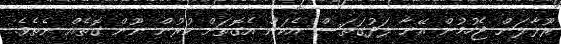
ރޫޅާލަން ޖެހުމުން އޭނާ ލަދުގަތަސް އެކަން އެގޮތަށް ކުރުން ނޫން ގޮތެއް ނެތެވެ.